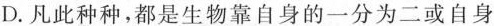
D.凡此种种，都是生物靠自身的一分为二或自身